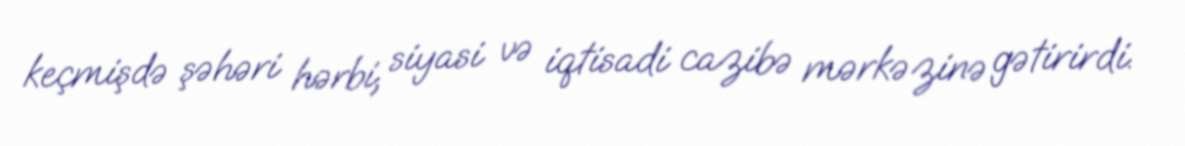
keçmişdə şəhəri hərbi, siyasi və iqtisadi cazibə mərkəzinə gətirirdi.